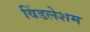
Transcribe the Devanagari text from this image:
विंडलेशम